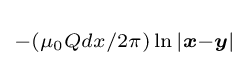
\scriptstyle {-(\mu _{0}Qdx/2\pi )\ln \vert {\boldsymbol {x}}-{\boldsymbol {y}}\vert }